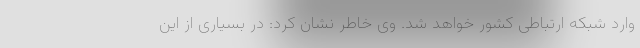
وارد شبکه ارتباطی کشور خواهد شد. وی خاطر نشان کرد: در بسیاری از این